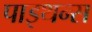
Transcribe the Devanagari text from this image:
पाइथन्स